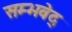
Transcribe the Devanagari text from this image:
सम्भवेद्